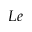
L e